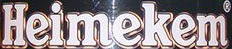
Heimekem